Bréfritari: Soffía Daníelsdóttir
Viðtakandi: Jakobína Magnúsdóttir og Daníel Halldórsson
Dagsetning: A-1905-04-30
Skrifað á: Skeggjastöðum  N-Múl.
Soffía var dóttir Jakobínu og Daníels

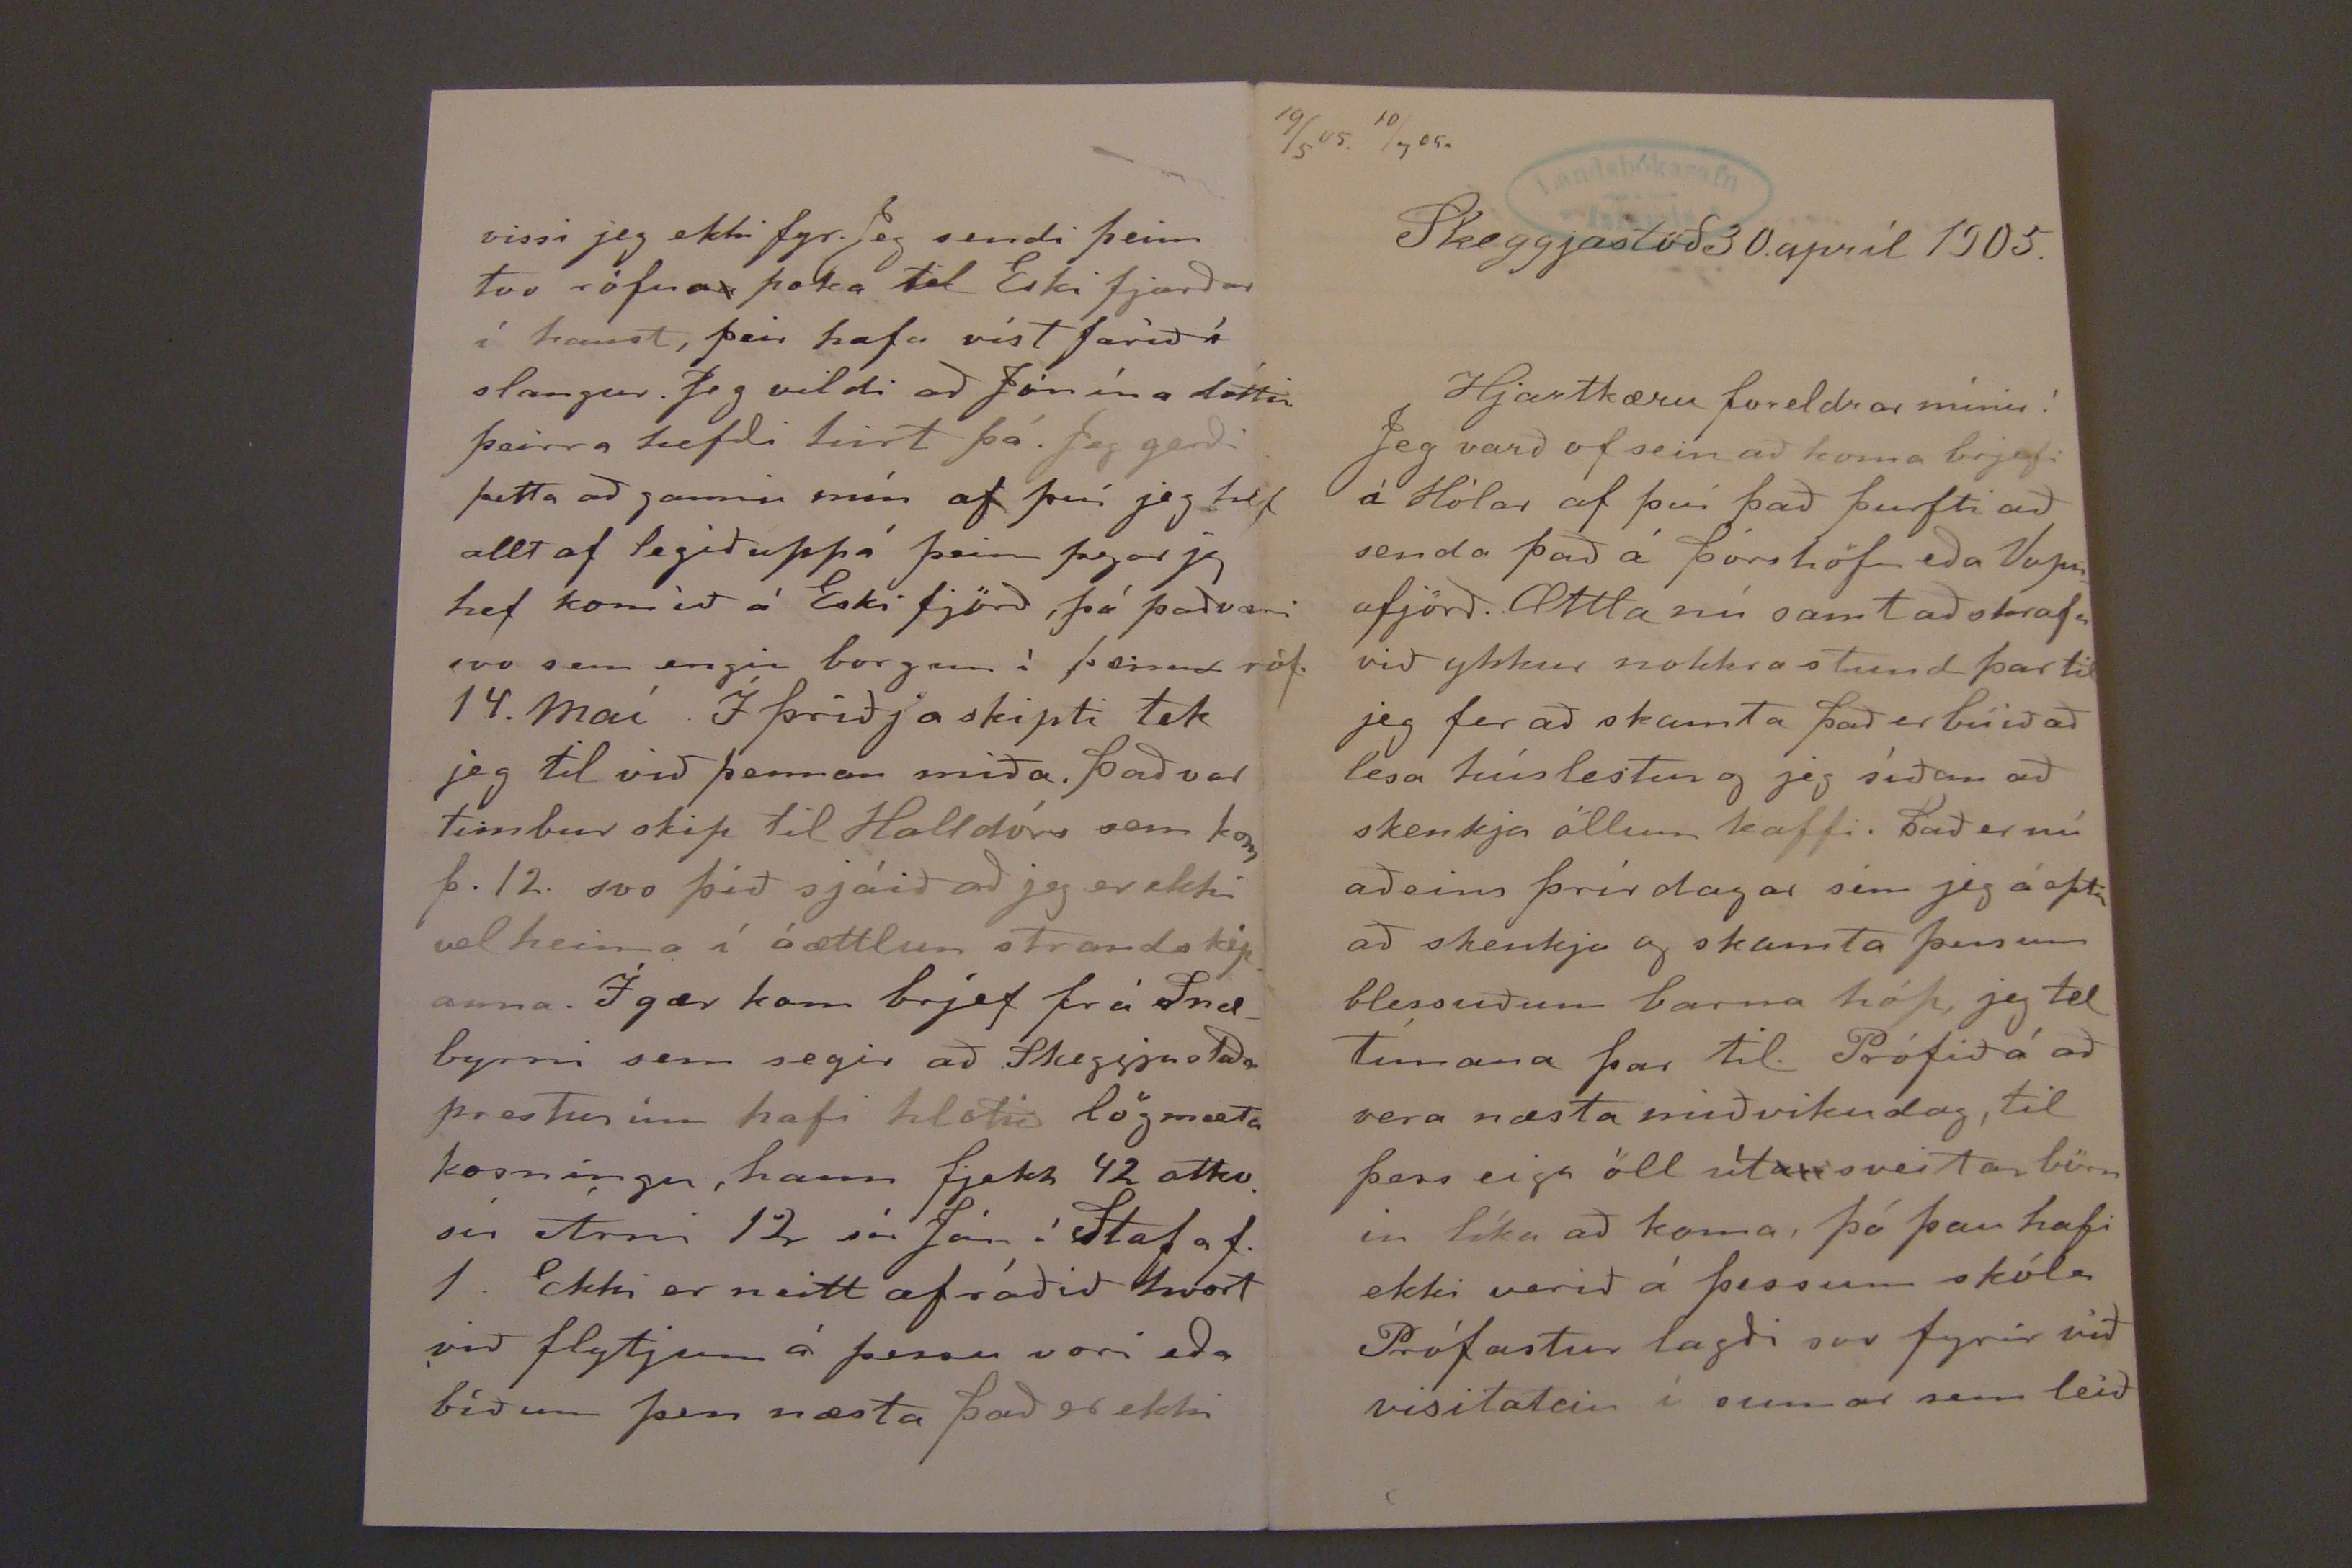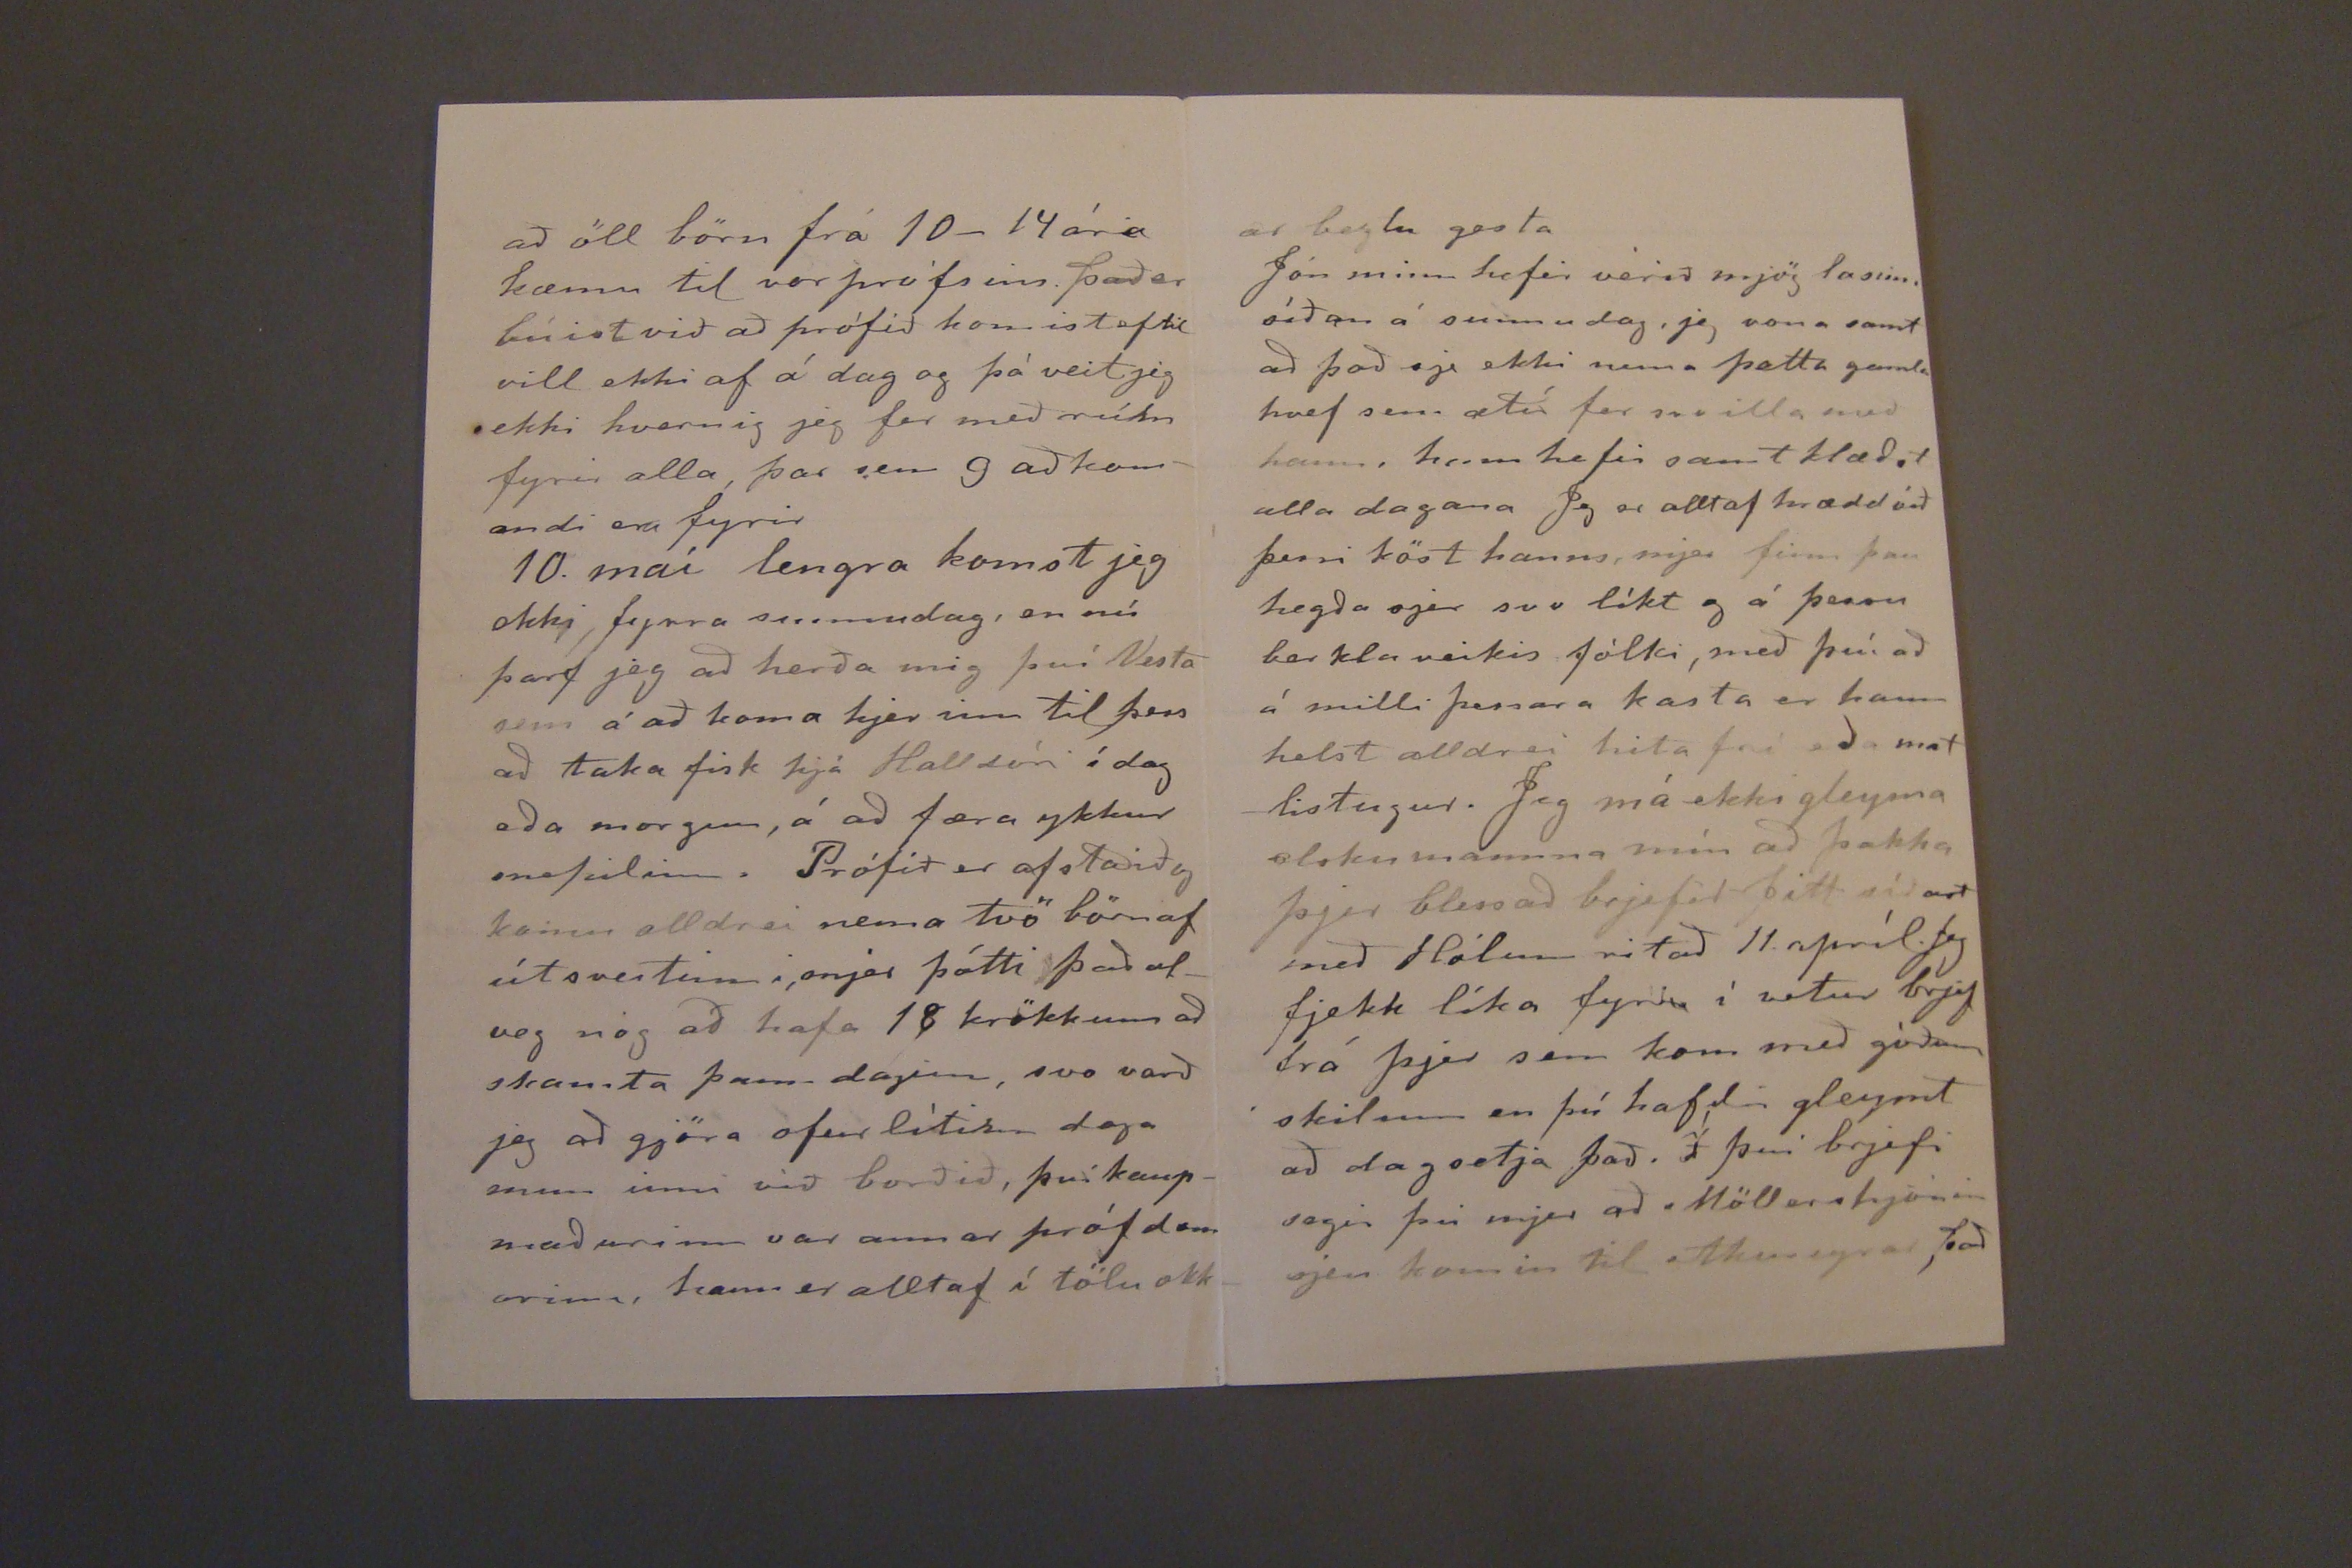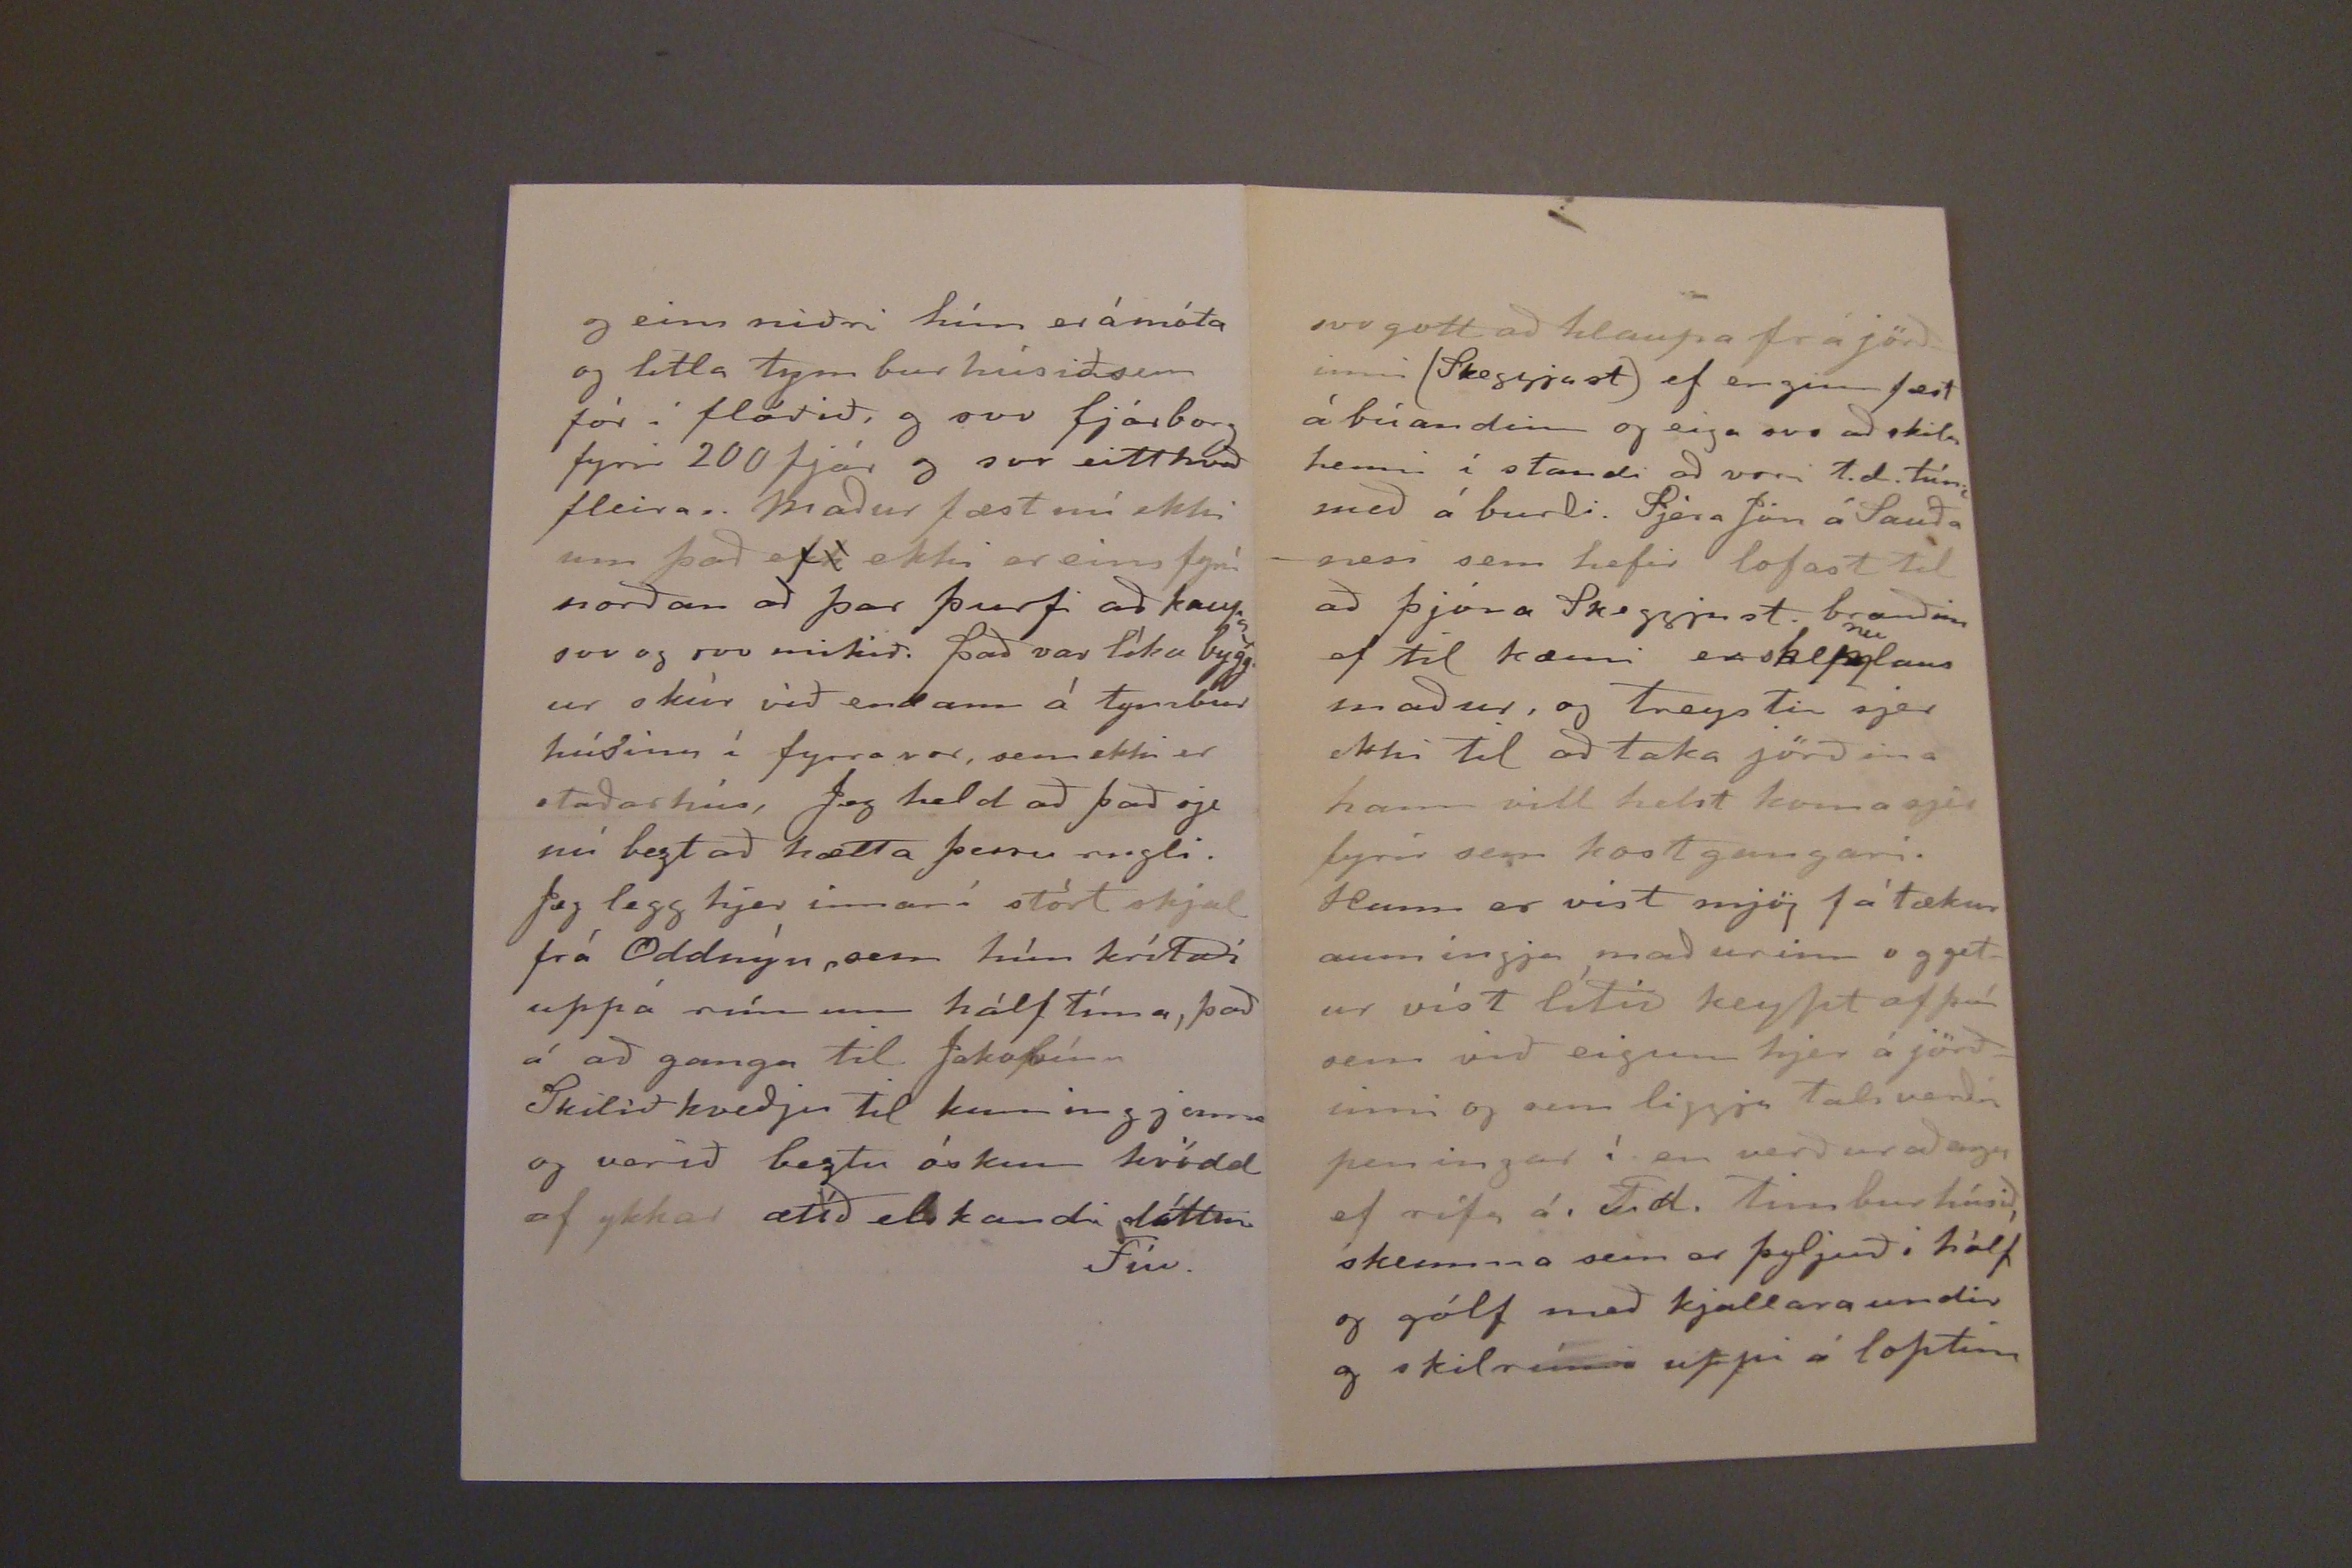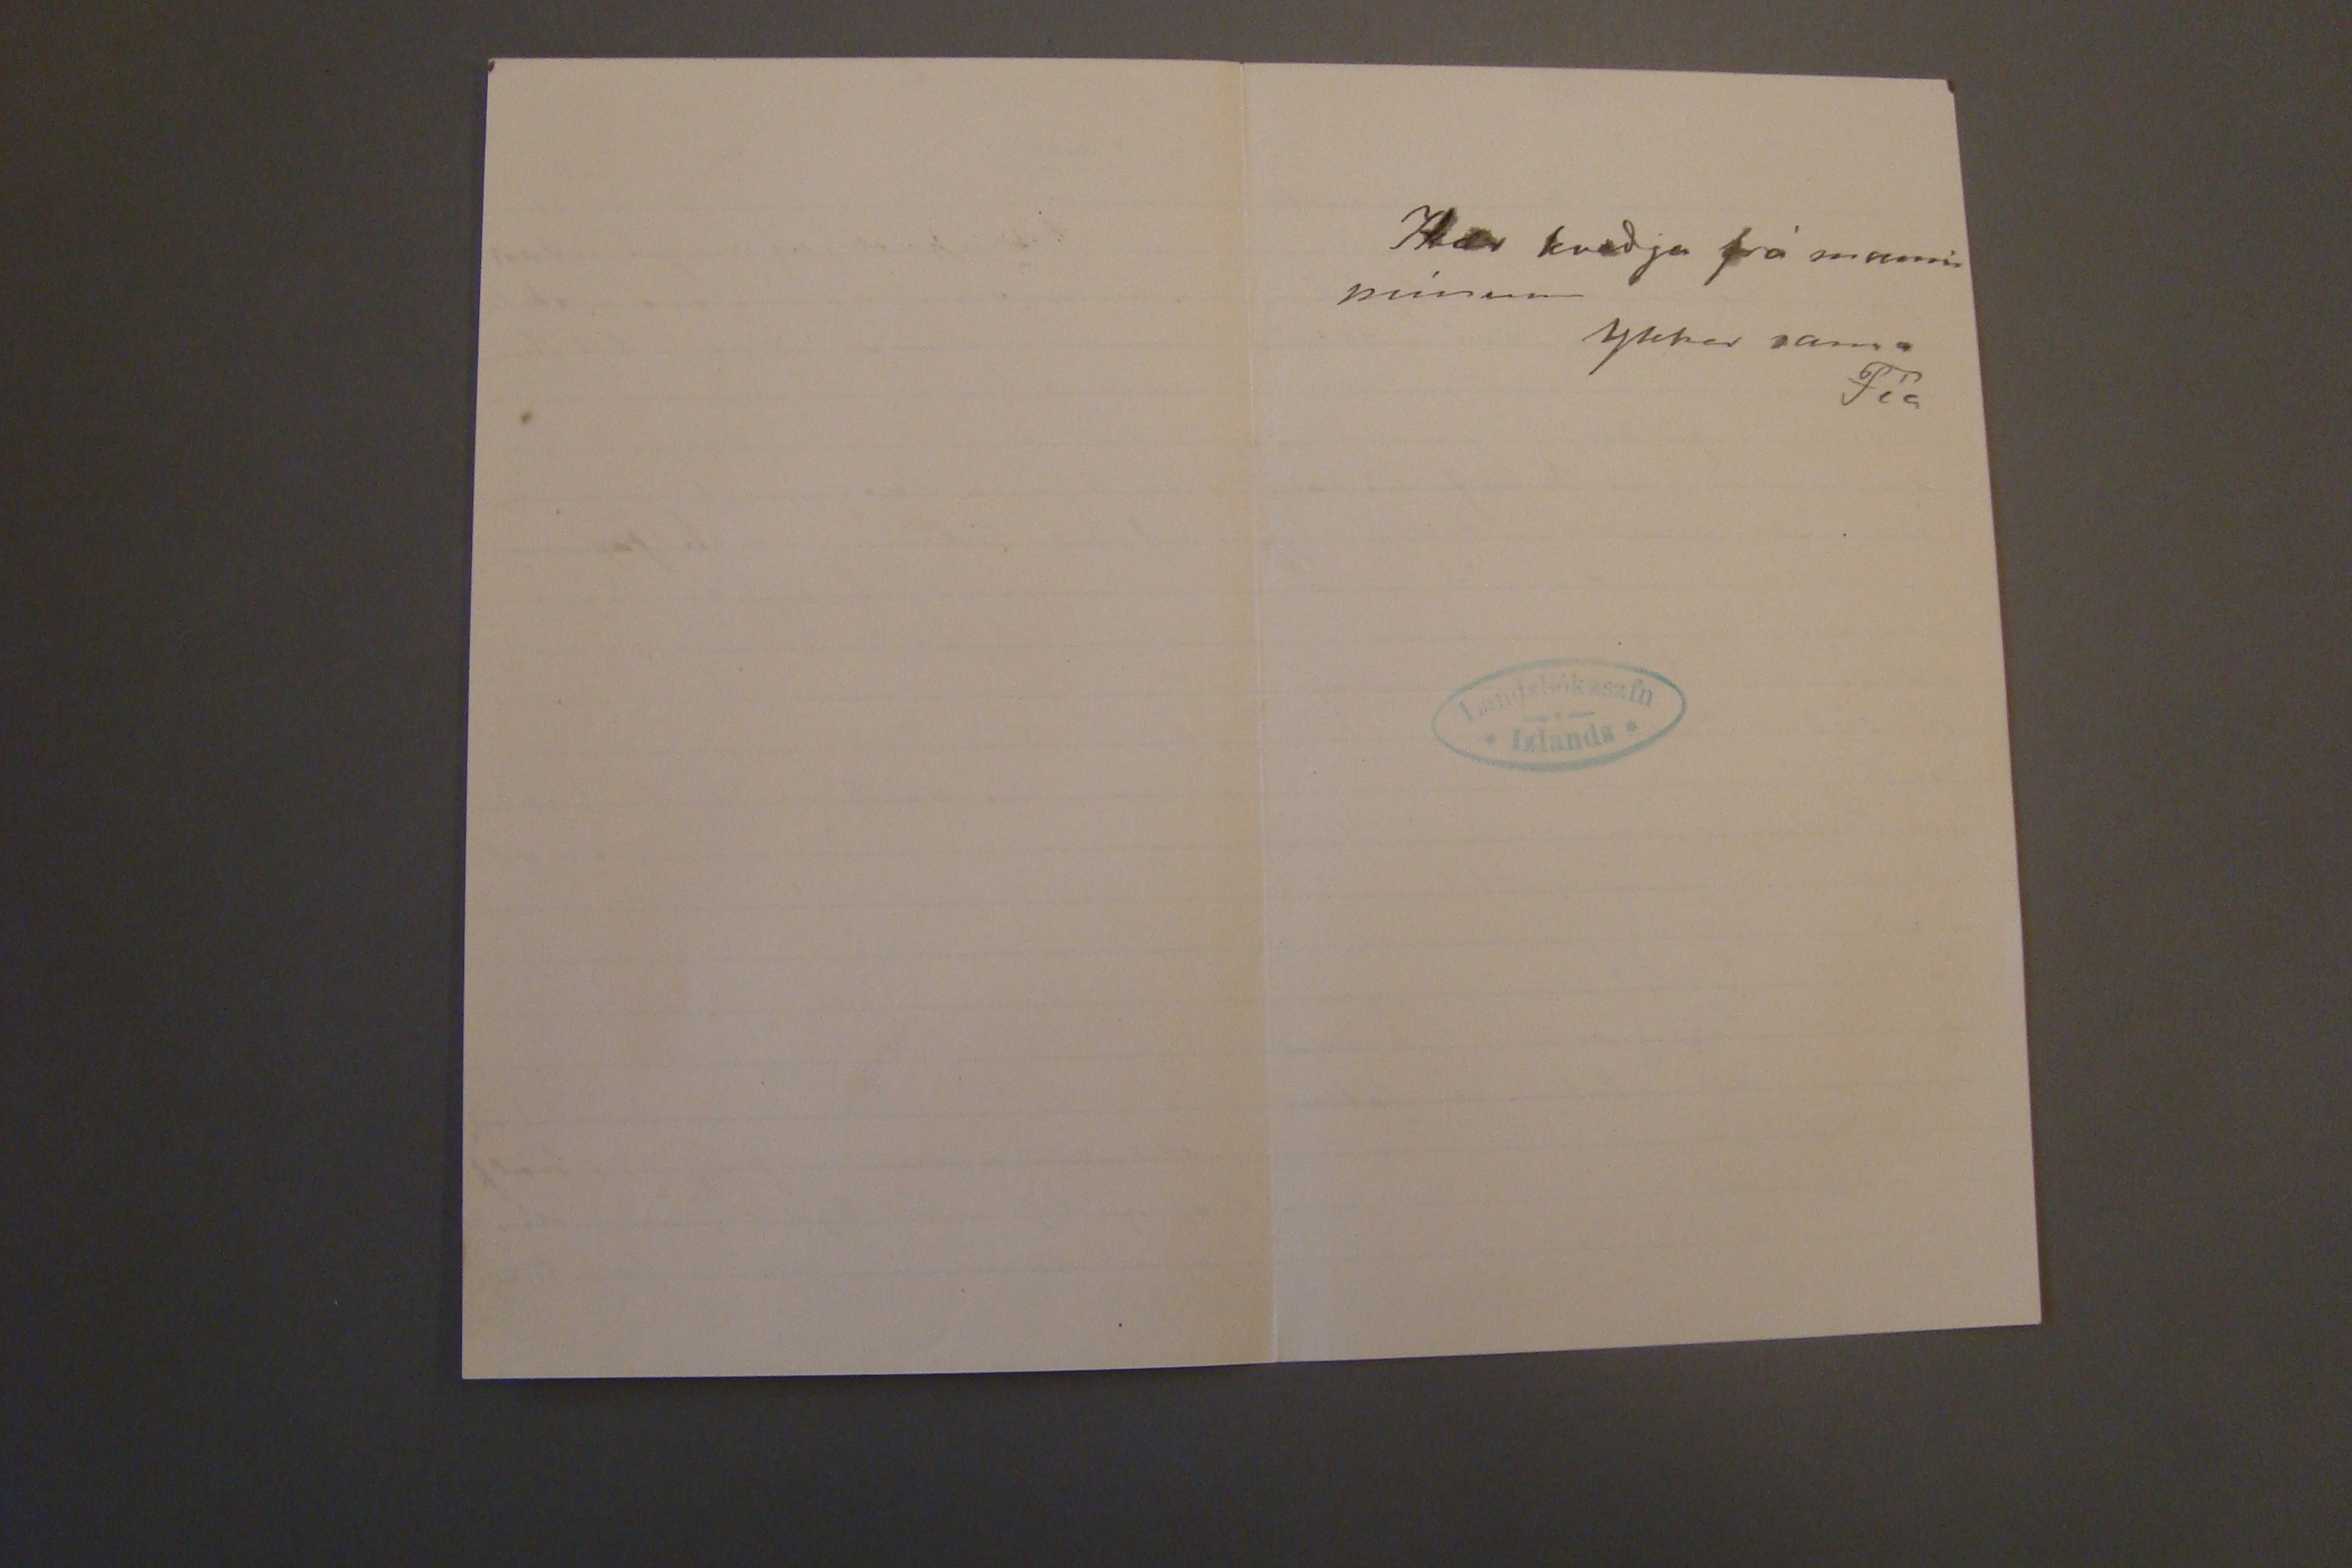

19/5'05. 10/7 05.
Skeggjastöðum 30. apríl 1905.
Hjartkæru foreldrar mínir!
Jeg varð of sein að koma brjefi á Hólar af því það þurfti að senda það á þórshöfn eða Vopnafjörð. Ættla nú samt að skrafa við ykkur nokkra stund þar til jeg fer að skamta það er búið að lesa húslestur og jeg síðan að skenkja öllum kaffi. það er nú aðeins þrír dagar sem jeg á eptir að skenkja og skamta þessum blessuðum barna hóp, jeg tel tímana þar til Prófið á að vera næsta miðvikudag, til þess eiga öll út
ar
sveita börn in líka að koma, þó þau hafi ekki verið á þessum skóla Prófastur lagði svo fyrir við visitatein í sumar sem leið
að öll börn frá 10-14 ára kæmu til vorprófsins. það er búist við að prófið komist ef til vil ekki af á dag og þá veit jeg ekki hvernig jeg fer með rúm fyrir alla, þar sem 9 að komandi er fyrir
10. maí lengra komst jeg ekki fyrra sunnudag, en nú þarf jeg að herða mig því Vesta sem á að koma hjer inn til þess að taka fisk hjá Halldóri í dag eða morgun, á að færa ykkur
snefilinn
. Prófið er afstaðið og komu alldrei nema tvö börn af útsveitinni, mjer þótti það alveg nóg að hafa 18 krökkum að skamta þann daginn, svo varð jeg að sjöra ofur lítinn daga mun inni við borðið, því kaupmaðurinn var annar prófdom arinn, hann er alltaf í tölu okk-
vissi jeg ekki fyr. Jeg sendi þeim tvo rófna
a
poka til Eski fjarðar í haust, þeir hafa víst farið í slangur. Jeg vildi að Jónína dóttir þeirra hefði hirt þá. Jeg gerði þetta að gamni mín af því jeg hef allt af legið uppá þeim þegar jeg hef komið á Eskifjörð, þó það væri svo sem engin börgun á þessum róf.
14. Maí Í þriðja skipti tek jeg til við þennan miða. það var timbur skip til Halldórs sem kom þ. 12 svo þið sjáið að jeg er ekki vel heima í áættlun strandskip anna. Í gær kom brjef frá Snæbyrni sem segir að Skeggjastaða presturinn hafi hlotið lögmæta kosningu, hann fjekk 42 atkv. sír Árni 12 sír Jón á Stafaf. 1. Ekki er neitt afráðið hvort við flytjum á þessu vori eða bíðum þess næsta það er ekki
ar beztu gesta
Jón minn hefir verið mjög lasinn síðan á sunnudag, jeg vona samt að það sje ekki nema þetta gamla hvef sem ætíð fer svo illa með hann, hann hefir samt klæðst alla dagana Jeg er alltaf hrædd við þessi köst hanns, mjer finn þau hegða sjer svo líkt og á þessu berklaveikis fólki, með því að á milli þessara kasta er hann helst alldrei hita frí eða mat listugur. Jeg má ekki gleyma elsku mamma mín að þakka þjer blessað brjefið þitt síðast með Hólum ritað 11. apríl. Jeg fjekk líka fyrr í vetur brjef frá þjer sem kom með góðum skilum en þú hafðir gleymt að dagsetja það. Í því brjefi segir þú mjer að Möller hjónin sjeu komin til Akureyrar það
svo gott að hlaupa frá jörðinni (Skeggjast) ef enginn fæst á búandinn og egia svo að skila henni í standi að vori t.d. tún., með á burði. Sjera Jón á Sauða nesi sem hefir lofast til að þjóna Skeggjast. brauðins ef til kæmi er skep
nu
laus maður, og treystir sjer ekki til að taka jörðina hann vill helst koma sjer fyrir sem kostgangari. Hann er vist mjög fátækur aumingja maðurinn og getur víst lítið keypt af þvíð sem við eigum hjer á jörðinni og sem liggja talsverðir peningar í en verður að engu ef rífa á. T.d. Timburhúsið, skemma sem er þyljuð í hálf og gólf með kjallara undir og skilrúmi uppi á loptinu
og einn niðri hún er á móta og litla tymburhúsið sem fór í flóðið, g svo fjárborg fyrir 200 fjár g svo eitthvað fleira. Maður fæst nú ekki um það ef ekki er eins fyrír norðan að þar þurfi að kaupa svo og svo mikið. það var líka bygg ur skúr víð endann á tymbur húsinu í fyrra vor, sem ekki er staðarhús, Jeg held að það sje nú bezt að hætta þessu rugli. Jeg legg hjer innaní stórt skjal frá Oddnýu, sem hún krítaði uppá rúminu hálftíma, það á að ganga til Jakobínu
Skilið kveðju til kunningjanna og verið beztu óskum kvödd af ykkar ætíð elskandi dóttur
Fíu.
kær kveðja frá manni mínum
ykkar sama
Fía